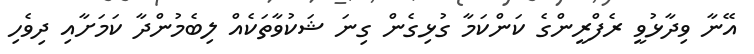
އޭނާ ވިދާޅުވީ ރެފްރީންގެ ކަންކަމާ ގުޅިގެން ގިނަ ޝަކުވާތަކެއް ލިބެމުންދާ ކަމަށާއި ދިވެހި